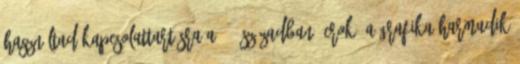
használtad kapcsolattartásra a 20. században? crok: A grafika harmadik